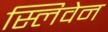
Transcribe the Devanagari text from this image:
स्लिवेन